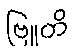
ဗြူတိ